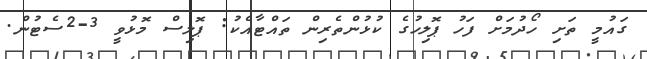
ގައުމީ ތަށި ހޯދުމަށް ފަހު ޕޮލިހުގެ ކުޅުންތެރިން ތައްޓާއެކު: ޕޮލިސް މޮޅުވީ 3-2ސެޓުން.